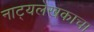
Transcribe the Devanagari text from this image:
नाट्यलेखकाचा